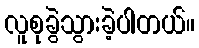
လူစုခွဲသွားခဲ့ပါတယ်။